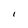
Character: I